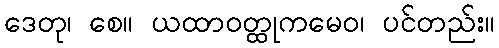
ဒေတု၊ စေ။ ယထာဝတ္ထုကမေဝ၊ ပင်တည်း။